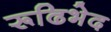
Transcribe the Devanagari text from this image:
रूढिभेद